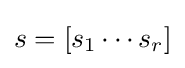
s=[s_{1}\cdots s_{r}]